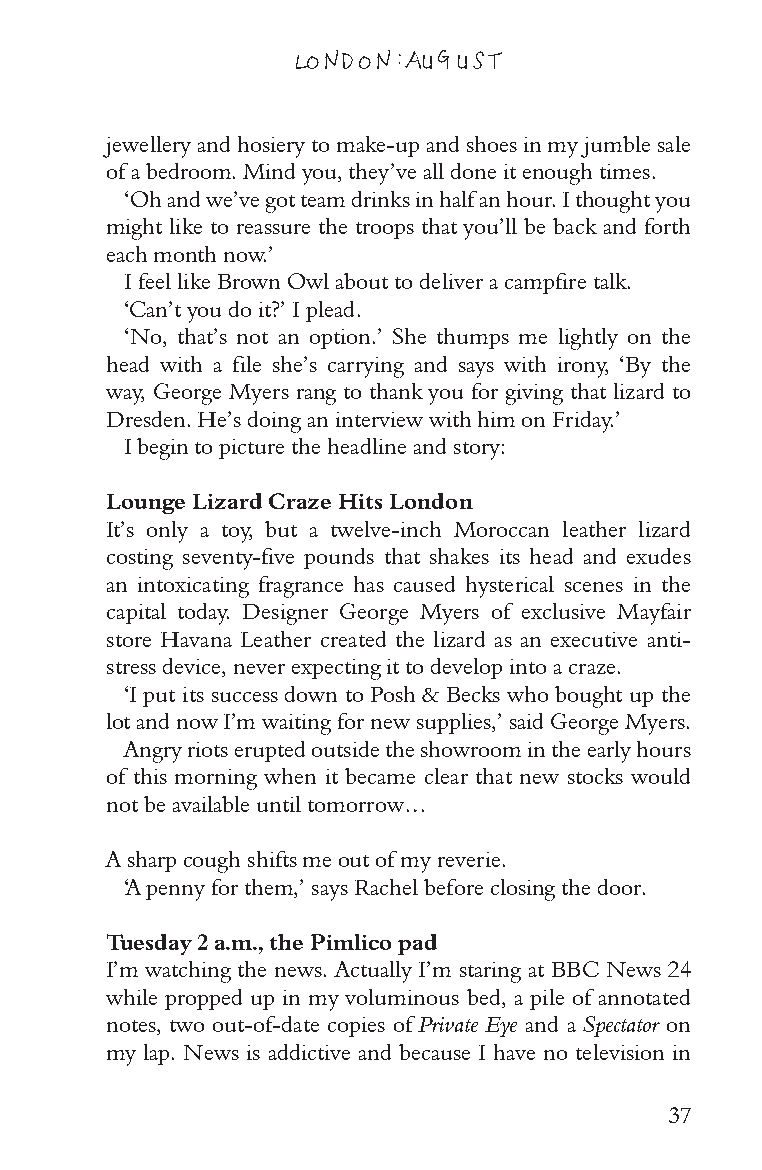
LONDON: AUGUST
 jewellery and hosiery to make-up and shoes in my jumble sale
 of a bedroom. Mind you, they’ve all done it enough times.
 ‘Oh and we’ve got team drinks in half an hour. I thought you
 might like to reassure the troops that you’ll be back and forth
 each month now.’
 I feel like Brown Owl about to deliver a campfire talk.
 ‘Can’t you do it?’ I plead.
 ‘No, that’s not an option.’ She thumps me lightly on the
 head with a file she’s carrying and says with irony, ‘By the
 way, George Myers rang to thank you for giving that lizard to
 Dresden. He’s doing an interview with him on Friday.’
 I begin to picture the headline and story:
 Lounge Lizard Craze Hits London
 It’s only a toy, but a twelve-inch Moroccan leather lizard
 costing seventy-five pounds that shakes its head and exudes
 an intoxicating fragrance has caused hysterical scenes in the
 capital today. Designer George Myers of exclusive Mayfair
 store Havana Leather created the lizard as an executive anti-
 stress device, never expecting it to develop into a craze.
 ‘I put its success down to Posh & Becks who bought up the
 lot and now I’m waiting for new supplies,’ said George Myers.
 Angry riots erupted outside the showroom in the early hours
 of this morning when it became clear that new stocks would
 not be available until tomorrow…
 A sharp cough shifts me out of my reverie.
 ‘A penny for them,’ says Rachel before closing the door.
 Tuesday 2 a.m., the Pimlico pad
 I’m watching the news. Actually I’m staring at BBC News 24
 while propped up in my voluminous bed, a pile of annotated
 notes, two out-of-date copies of Private Eye and a Spectator on
 my lap. News is addictive and because I have no television in
 37